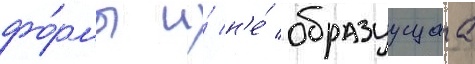
фо́рмы и́ н'е́ образуущаа